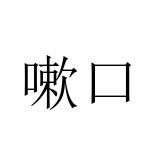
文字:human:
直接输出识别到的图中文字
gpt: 嗽口